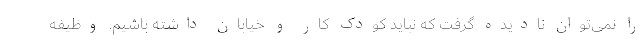
را نمی‌توان نادیده گرفت که نباید کودک کار و خیابان داشته باشیم. وظیفه